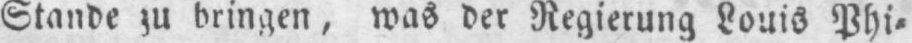
Stande zu bringen, was der Regierung Louis Phi⸗